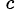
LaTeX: ^{\, c}